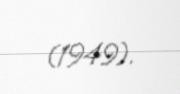
(1949).